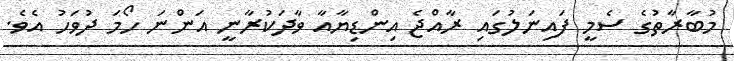
މުބާރާތުގެ ސެމީ ފައިނަލުގައި ރާއްޖެ އިންޑިޔާއާ ވާދަކުރާނީ އަންނަ ހޯމަ ދުވަހު އެވެ.